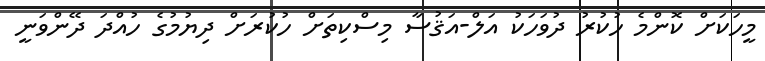
މީހަކަށް ކޮންމެ ހުކުރު ދުވަހަކު އަލް-އަޤުސާ މިސްކިތަށް ހުކުރަށް ދިޔުމުގެ ހުއްދަ ދޭންވަނީ